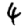
Digit: 4